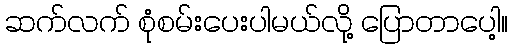
ဆက်လက် စုံစမ်းပေးပါမယ်လို့ ပြောတာပေါ့။